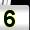
Digit: 5